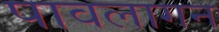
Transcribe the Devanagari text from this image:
पावलागन